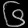
Digit: ၆